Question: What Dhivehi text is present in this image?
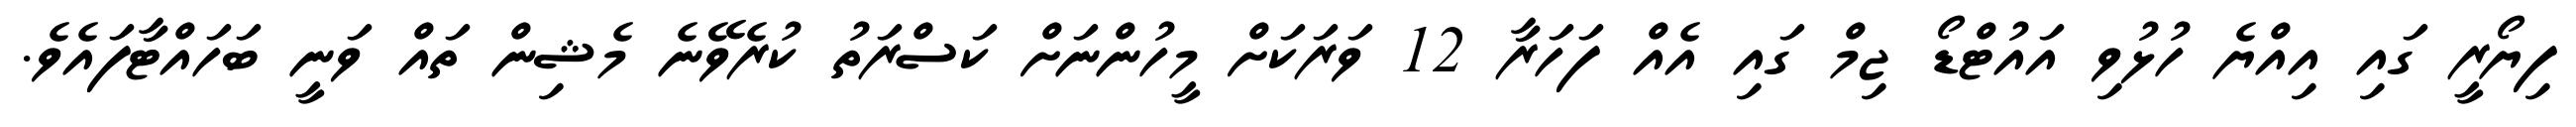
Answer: ފިޔޯރީ ގައި އިއްޔެ ހުޅުވި އައުޓްޑޯ ޖިމް ގައި އެއް ފަހަރާ 12 ވަރަކަށް މީހުންނަށް ކަސްރަތު ކުރެވޭނެ މެޝިން ތައް ވަނީ ބަހައްޓާފައެވެ.